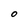
Character: O